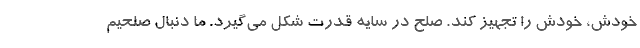
خودش، خودش را تجهیز کند. صلح در سایه قدرت شکل می‌گیرد. ما دنبال صلحیم